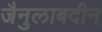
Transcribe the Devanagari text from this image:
जैनुलाबदीन